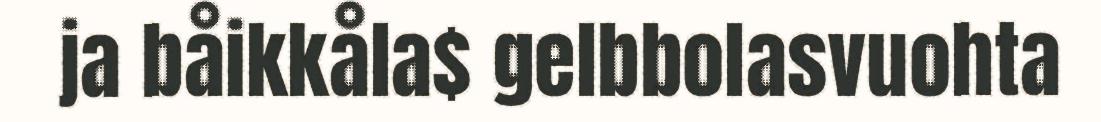
ja båikkåla$ gelbbolasvuohta